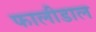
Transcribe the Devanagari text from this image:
फालीडाल